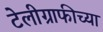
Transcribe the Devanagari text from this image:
टेलीग्राफीच्या